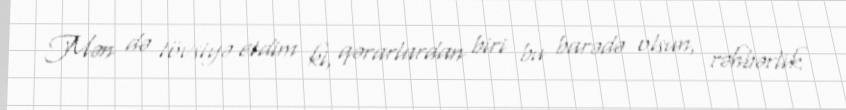
Mən də tövsiyə etdim ki, qərarlardan biri bu barədə olsun, rəhbərlik